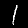
Digit: 1